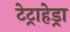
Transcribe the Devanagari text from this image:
टेट्राहेड्रा